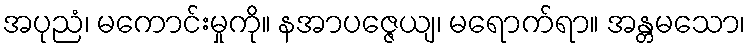
အပုညံ၊ မကောင်းမှုကို။ နအာပဇ္ဇေယျ၊ မရောက်ရာ။ အန္တမသော၊